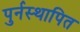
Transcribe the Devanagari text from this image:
पुर्नस्‍थापित